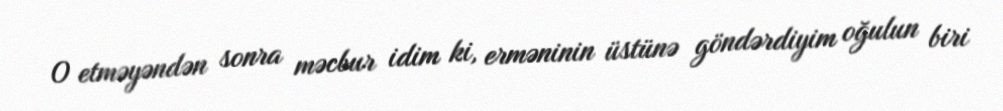
O etməyəndən sonra məcbur idim ki, erməninin üstünə göndərdiyim oğulun biri